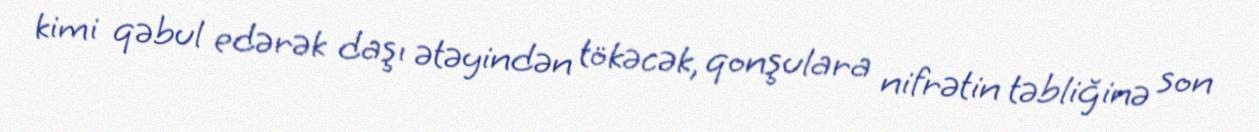
kimi qəbul edərək daşı ətəyindən tökəcək, qonşulara nifrətin təbliğinə son